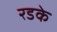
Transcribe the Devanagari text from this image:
रडके